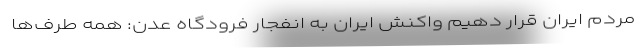
مردم ایران قرار دهیم واکنش ایران به انفجار فرودگاه عدن: همه طرف‌ها